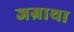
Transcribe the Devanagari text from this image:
जग्राथा